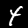
Digit: 4